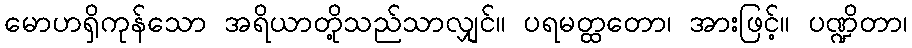
မောဟရှိကုန်သော အရိယာတို့သည်သာလျှင်။ ပရမတ္ထတော၊ အားဖြင့်။ ပဏ္ဍိတာ၊